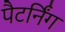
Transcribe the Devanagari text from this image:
पैटर्निंग